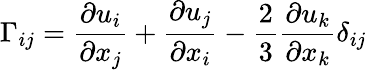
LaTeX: \Gamma_{ij}=\frac{\partial u_{i}}{\partial x_{j}}+\frac{\partial u_{j}}{\partial x_{i}}-\frac{2}{3}\frac{\partial u_{k}}{\partial x_{k}}\delta_{ij}